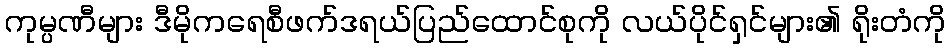
ကုမ္ပဏီများ ဒီမိုကရေစီဖက်ဒရယ်ပြည်ထောင်စုကို လယ်ပိုင်ရှင်များ၏ ရိုးတံကို